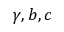
\gamma , b , c